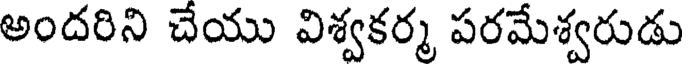
అందరిని చేయు విశ్వకర్మ పరమేశ్వరుడు